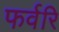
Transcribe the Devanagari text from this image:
फर्वरि